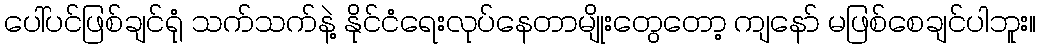
ပေါ်ပင်ဖြစ်ချင်ရုံ သက်သက်နဲ့ နိုင်ငံရေးလုပ်နေတာမျိုးတွေတော့ ကျနော် မဖြစ်စေချင်ပါဘူး။